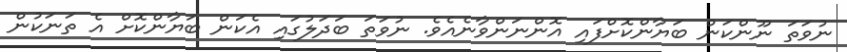
ނުވަތަ ނޫންކަން ބަޔާންކޮށްފައި އޮންނަންވާނެއެވެ. ނުވަތަ ބަދަލުގައި އެކަން ބަޔާންކޮށް އެ ތަނަކުން